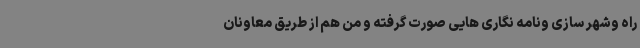
راه وشهر سازی ونامه نگاری هایی صورت گرفته و من هم از طریق معاونان